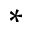
^ *